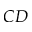
C D